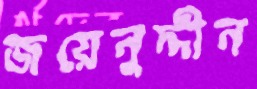
জয়েনুদ্দীন